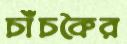
চাঁচকৈর